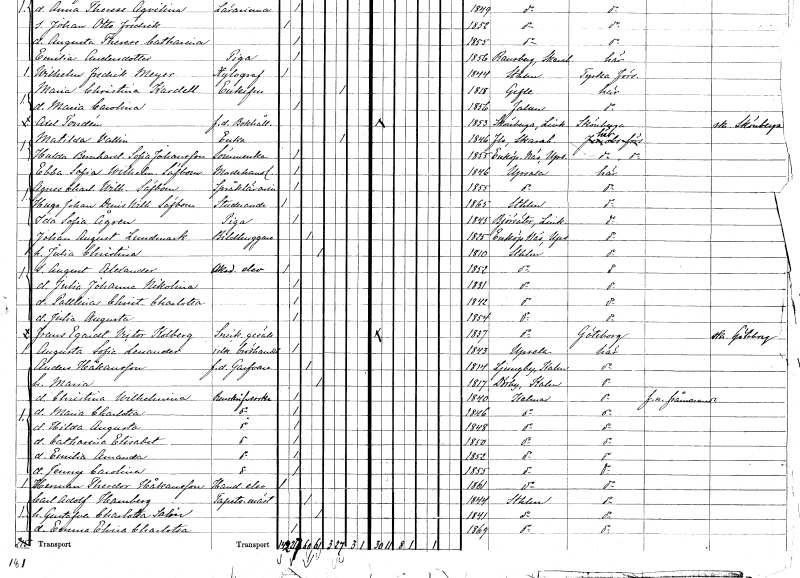
gt_parse: households: individuals: FN: Ebba Sofia Wilhelmina
EN: Säfbom
YRKE: Modehandlerska
KON: K
CIV: O
FODAR: 1846
FODFORS: Uppsala Uppsala län
FN: Agnes Charlotta Wilhelmina
EN: Säfbom
YRKE: Språklärarinna
KON: K
CIV: O
FODAR: 1855
FODFORS: Uppsala Uppsala län
FN: Hugo Johan Denis Wilhelm
EN: Säfbom
YRKE: Studerande
KON: M
CIV: O
FODAR: 1865
FODFORS: Stockholm
FN: Ida Sofia
EN: Ågren
YRKE: Piga
KON: K
CIV: O
FODAR: 1845
FODFORS: Björsäter Östergötlands län
FN: Johan August
EN: Lundmark
YRKE: Bildhuggare
KON: M
CIV: G
FODAR: 1825
FODFORS: Enköpings-Näs Uppsala län
FN: Julia Christina
KON: K
CIV: G
FODAR: 1810
FODFORS: Stockholm
FN: August Alexander
YRKE: Akademielev
KON: M
CIV: O
FODAR: 1852
FODFORS: Stockholm
FN: Julia Johanna Nikolina
KON: K
CIV: O
FODAR: 1831
FODFORS: Stockholm
FN: Paulina Christina Charlotta
KON: K
CIV: O
FODAR: 1842
FODFORS: Stockholm
FN: Julia Augusta
KON: K
CIV: O
FODAR: 1854
FODFORS: Stockholm
FN: Frans Egardt Victor
EN: Kolberg
YRKE: Snickaregesäll
KON: M
CIV: O
FODAR: 1837
FODFORS: Stockholm
FN: Augusta Sofia
EN: Lenander
YRKE: Brödhandelsidkerska
KON: K
CIV: O
FODAR: 1843
FODFORS: Uppsala Uppsala län
FN: Anders
EN: Håkansson
YRKE: Garvare f.d.
KON: M
CIV: G
FODAR: 1814
FODFORS: Ljungby Kalmar län
FN: Maria
KON: K
CIV: G
FODAR: 1817
FODFORS: Dörby Kalmar län
FN: Christina Wilhelmina
YRKE: Renskriverska
KON: K
CIV: O
FODAR: 1840
FODFORS: Kalmar Kalmar län
FN: Maria Charlotta
YRKE: Renskriverska
KON: K
CIV: O
FODAR: 1846
FODFORS: Kalmar Kalmar län
FN: Hilda Augusta
YRKE: Renskriverska
KON: K
CIV: O
FODAR: 1848
FODFORS: Kalmar Kalmar län
FN: Catharina Elisabet
YRKE: Renskriverska
KON: K
CIV: O
FODAR: 1850
FODFORS: Kalmar Kalmar län
FN: Emilia Amanda
YRKE: Renskriverska
KON: K
CIV: O
FODAR: 1852
FODFORS: Kalmar Kalmar län
FN: Jenny Carolina
YRKE: Renskriverska
KON: K
CIV: O
FODAR: 1855
FODFORS: Kalmar Kalmar län
FN: Herman Theodor
EN: Håkansson
YRKE: Handelselev
KON: M
CIV: O
FODAR: 1861
FODFORS: Kalmar Kalmar län
FN: Carl Adolf
EN: Hamberg
YRKE: Tapetserarmästare
KON: M
CIV: G
FODAR: 1844
FODFORS: Stockholm
FN: Gustafva Charlotta
EN: Salén
KON: K
CIV: G
FODAR: 1841
FODFORS: Stockholm
FN: Emma Elvira Charlotta
KON: K
CIV: O
FODAR: 1869
FODFORS: Stockholm